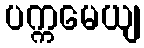
ပက္ကမေယျ